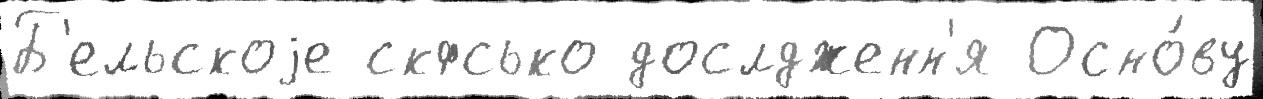
Б'ельскоjе скфсько дослдженн'я Осно́ву